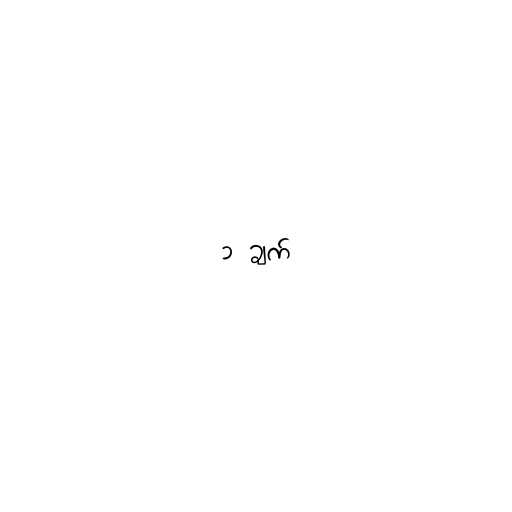
၁ ချက်